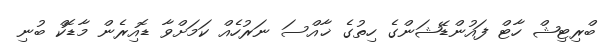
ބްރިޓިޝް ހާޓް ފައުންޑޭޝަންގެ ހިތުގެ ޚާއްސަ ނަރުހެއް ކަމަށްވާ ޑޮއިރެން މާޑޮކް ބުނި